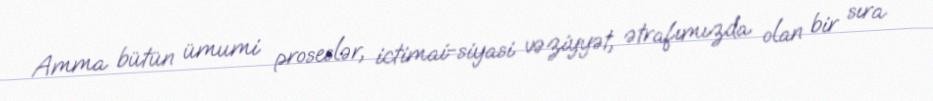
Amma bütün ümumi proseslər, ictimai-siyasi vəziyyət, ətrafımızda olan bir sıra